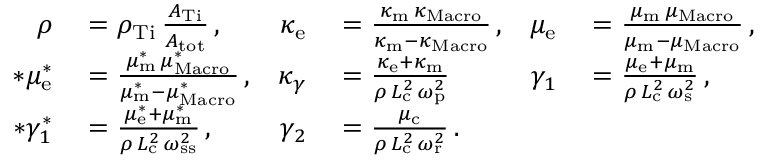
\begin{array} { r l r l r l } { \rho } & { { } = \rho _ { \mathrm { T i } } \, \frac { A _ { \mathrm { T i } } } { A _ { \mathrm { t o t } } } \, , } & { \kappa _ { \mathrm { e } } } & { { } = \frac { \kappa _ { \mathrm { m } } \, \kappa _ { \mathrm { M a c r o } } } { \kappa _ { \mathrm { m } } - \kappa _ { \mathrm { M a c r o } } } \, , } & { \mu _ { \mathrm { e } } } & { { } = \frac { \mu _ { \mathrm { m } } \, \mu _ { \mathrm { M a c r o } } } { \mu _ { \mathrm { m } } - \mu _ { \mathrm { M a c r o } } } \, , } \\ { * \mu _ { \mathrm { e } } ^ { * } } & { { } = \frac { \mu _ { \mathrm { m } } ^ { * } \, \mu _ { \mathrm { M a c r o } } ^ { * } } { \mu _ { \mathrm { m } } ^ { * } - \mu _ { \mathrm { M a c r o } } ^ { * } } \, , } & { \kappa _ { \gamma } } & { { } = \frac { \kappa _ { \mathrm { e } } + \kappa _ { \mathrm { m } } } { \rho \, L _ { \mathrm { c } } ^ { 2 } \, \omega _ { \mathrm { p } } ^ { 2 } } } & { \gamma _ { 1 } } & { { } = \frac { \mu _ { \mathrm { e } } + \mu _ { \mathrm { m } } } { \rho \, L _ { \mathrm { c } } ^ { 2 } \, \omega _ { \mathrm { s } } ^ { 2 } } \, , } \\ { * \gamma _ { 1 } ^ { * } } & { { } = \frac { \mu _ { \mathrm { e } } ^ { * } + \mu _ { \mathrm { m } } ^ { * } } { \rho \, L _ { \mathrm { c } } ^ { 2 } \, \omega _ { \mathrm { s s } } ^ { 2 } } \, , } & { \gamma _ { 2 } } & { { } = \frac { \mu _ { \mathrm { c } } } { \rho \, L _ { \mathrm { c } } ^ { 2 } \, \omega _ { \mathrm { r } } ^ { 2 } } \, . } \end{array}